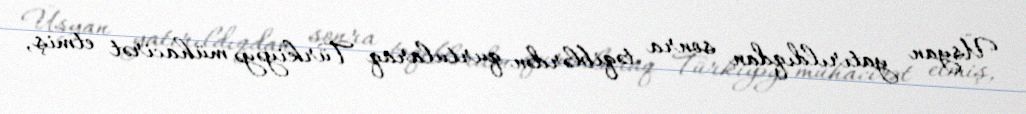
Üsyan yatırıldıqdan sonra təqiblərdən qurtularaq Türkiyəyə mühacirət etmiş,